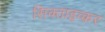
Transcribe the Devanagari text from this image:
सिक्ताइव्कर